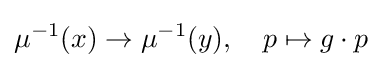
\mu ^{-1}(x)\to \mu ^{-1}(y),\quad p\mapsto g\cdot p